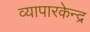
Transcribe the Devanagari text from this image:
व्यापारकेन्द्र